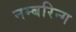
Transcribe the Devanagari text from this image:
नम्बरिन्ग